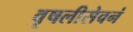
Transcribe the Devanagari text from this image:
वृषलीसेवनं